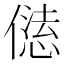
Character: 𠎢